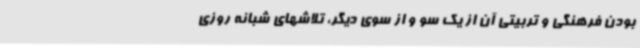
بودن فرهنگی و تربیتی آن از یک سو و از سوی دیگر، تلاشهای شبانه روزی